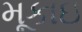
મૂકાઇ